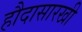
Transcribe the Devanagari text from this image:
हौदासारखी